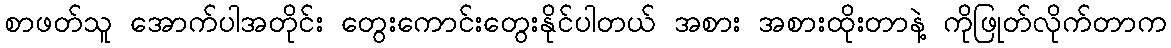
စာဖတ်သူ အောက်ပါအတိုင်း တွေးကောင်းတွေးနိုင်ပါတယ် အစား အစားထိုးတာနဲ့ ကိုဖြုတ်လိုက်တာက